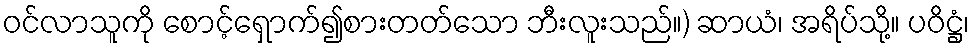
ဝင်လာသူကို စောင့်ရှောက်၍စားတတ်သော ဘီးလူးသည်။) ဆာယံ၊ အရိပ်သို့။ ပဝိဋ္ဌံ၊